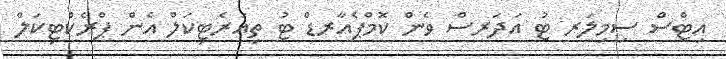
އިޓްސް ސިމިލަރ ޓު އަދަރސް ވެން ކޮމްޕެއާރޑް ޓު ތިއަރެޓިކަލް އެން ޕްރެކްޓިކަލް